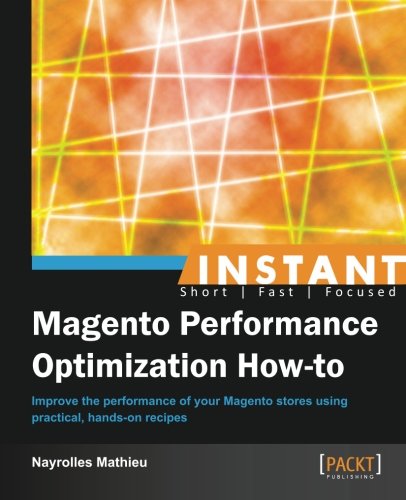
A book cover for Instant Magento Performance Optimization How-to; Nayrolles Mathieu; Computers & Technology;